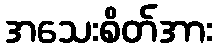
အသေးစိတ်အား